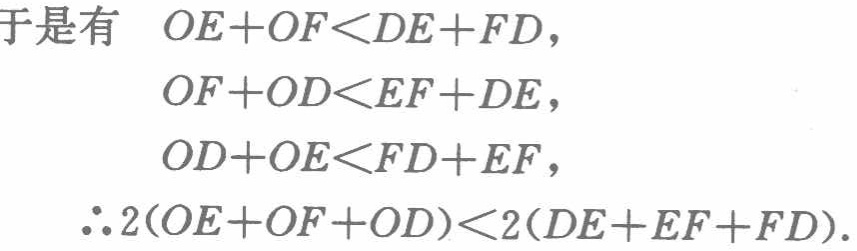
\[
\begin{align*}
\text{于是有}\quad OE + OF &< DE + FD,\\
OF + OD &< EF + DE,\\
OD + OE &< FD + EF,\\
\therefore 2(OE + OF + OD) &< 2(DE + EF + FD).
\end{align*}
\]